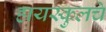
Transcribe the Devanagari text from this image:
हायस्‍कुलचे